Sketch of the medical history of the native army of Bombay, for the year
Year: 1876
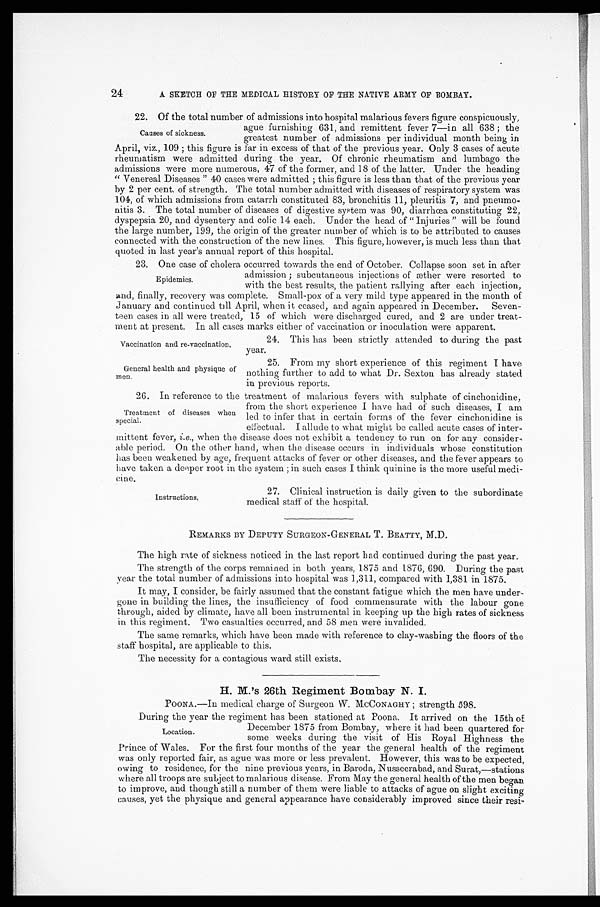
Vaccination and re-vaccination.
General health and physique of
men.
24
A SKETCH OF THE MEDICAL HISTORY OF THE NATIVE ARMY OF BOMBAY.
22. Of the total number of admissions into hospital malarious fevers figure conspieuously,
ague furnishing 631, and remittent fever 7—in all 638; the
greatest number of admissions per individual month being in
April, viz., 109; this figure is far in excess of that of the previous year. Only 3 cases of acute
rheumatism were admitted during the year. Of chronic rheumatism and lumbago the
admissions were more numerous, 47 of the former, and 18 of the latter. Under the heading
"Venereal Diseases" 40 cases were admitted; this figure is less than that of the previous year
by 2 per cent. of strength. The total number admitted with diseases of respiratory system was
104, of which admissions from catarrh constituted 83, bronchitis 11, pleuritis 7, and pneumo
-nitis 3. The total number of diseases of digestive system was 90, diarrhœa constituting 22,
dyspepsia 20, and dysentery and colic 14 each. Under the head of "injuries" will be found
the large number, 199, the origin of the greater number of which is to be attributed to causes
connected with the construction of the new lines. This figure, however, is much less than that
quoted in last year's annual report of this hospital.
23. One case of cholera occurred towards the end of October. Collapse soon set in after
admission; subcutaneous injections of æther were resorted to
with the best results, the patient rallying after each injection,
and, finally, recovery was complete. Small-pox of a very mild type appeared in the month of
January and continued till April, when it ceased, and again appeared in December. Seven
-teen cases in all were treated, 15 of which were discharged cured, and 2 are under treat
-ment at present. In all cases marks either of vaccination or inoculation were apparent.
Causes of sickness.
Epidemics.
24. This has been strictly attended to during the past
year.
25. From my short experience of this regiment I have
nothing further to add to what Dr. Sexton has already stated
in previous reports.
26. In reference to the treatment of malarious fevers with sulphate of cinchonidine,
from the short experience I have had of such diseases, I am
led to infer that in certain forms of the fever cinchonidine is
effectual. I allude to what might be called acute cases of inter
-mittent fever, i.e., when the disease does not exhibit a tendency to run on for any consider
-able period. On the other hand, when the disease occurs in individuals whose constitution
has been weakened by age, frequent attacks of fever or other diseases, and the fever appears to
have taken a deeper root in the system; in such cases I think quinine is the more useful medi
-cine.
Treatment of diseases when
special.
Instructions.
27. Clinical instruction is daily given to the subordinate
medical staff of the hospital.
REMARKS BY DEPUTY SURGEON-GENERAL T. BEATTY, M.D.
The high rate of sickness noticed in the last report had continued during the past year.
The strength of the corps remained in both years, 1875 and 1876, 690. During the past
year the total number of admissions into hospital was 1,311, compared with 1,381 in 1875.
It may, I consider, be fairly assumed that the constant fatigue which the men have under-
gone in building the lines, the insufficiency of food commensurate with the labour gone
through, aided by climate, have all been instrumental in keeping up the high rates of sickness
in this regiment. Two casualties occurred, and 58 men were invalided.
The same remarks, which have been made with reference to clay-washing the floors of the
staff hospital, are applicable to this.
The necessity for a contagious ward still exists.
H. M.'s 26th Regiment Bombay N. I.
POONA.—In medical charge of Surgeon W. MCCONAGHY; strength 598.
During the year the regiment has been stationed at Poona. It arrived on the 15th of
December 1875 from Bombay, where it had been quartered for
some weeks during the visit of His Royal Highness the
Prince of Wales. For the first four months of the year the general health of the regiment
was only reported fair, as ague was more or less prevalent. However, this was to be expected,
owing to residence, for the nine previous years, in Baroda, Nusseerabad, and Surat,—stations
where all troops are subject to malarious disease. From May the general health of the men began.
to improve, and though still a number of them were liable to attacks of ague on slight exciting
causes, yet the physique and general appearance have considerably improved since their resi -
Location.